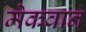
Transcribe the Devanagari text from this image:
मेकवान